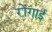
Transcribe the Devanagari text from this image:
रोंगाई